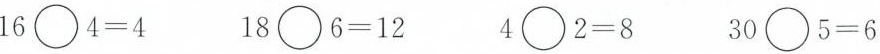
$$1 6 \circ 4 = 4$$ $$1 8 \circ 6 = 1 2$$ $$4 \circ 2 = 8$$ $$3 0 \circ 5 = 6$$